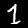
Label: 1